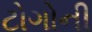
ટોગોની